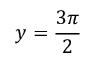
y = \frac { 3 \pi } { 2 }